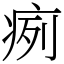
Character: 㾐